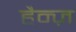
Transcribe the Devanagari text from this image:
हैन्ज़